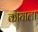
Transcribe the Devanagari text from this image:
कायाला